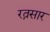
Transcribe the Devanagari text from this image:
रत्नसार